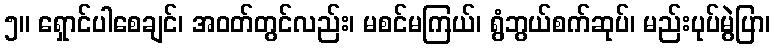
၅။ ရှောင်ပါစေချင်၊ အဝတ်တွင်လည်း၊ မစင်မကြယ်၊ ရွံဘွယ်စက်ဆုပ်၊ မည်းပုပ်မွဲပြာ၊